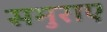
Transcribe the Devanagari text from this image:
समुराए